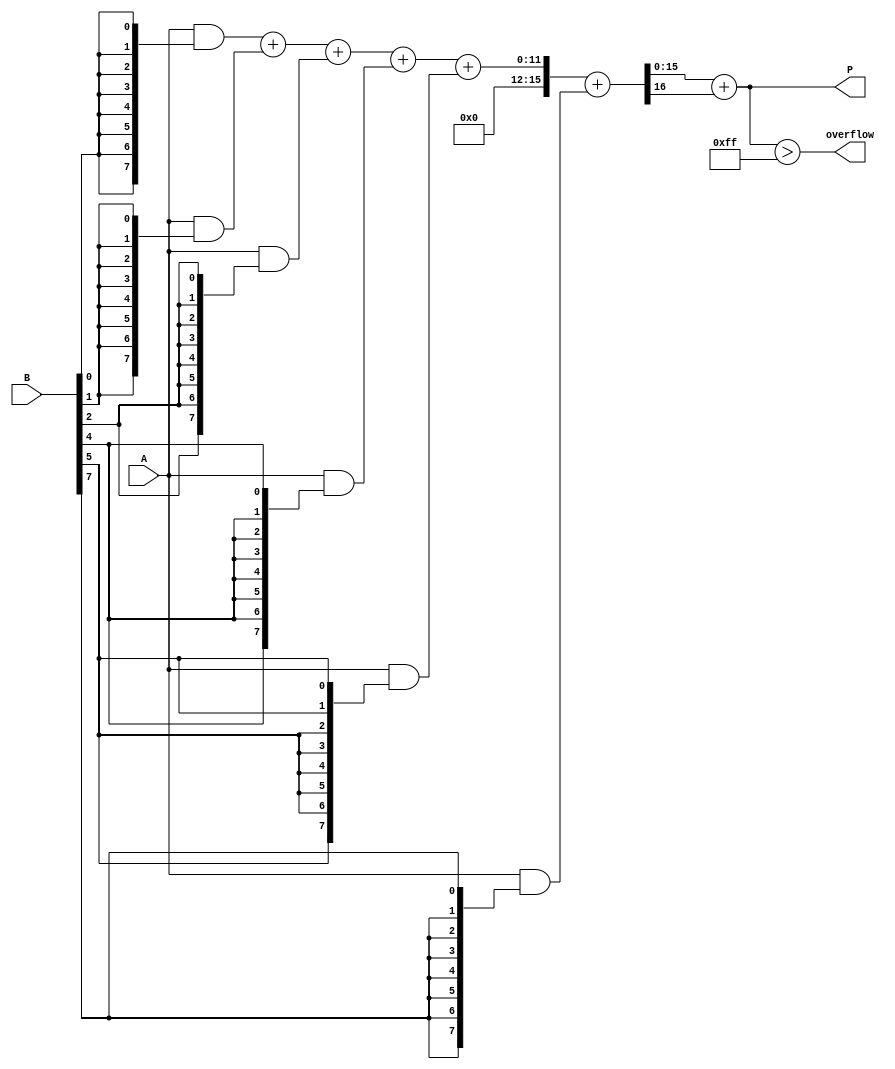
module FixedPointWallaceTreeMultiplier #(
    parameter N = 8 // Total bit width (including integer and fractional bits)
) (
    input [N-1:0] A, // Multiplicand
    input [N-1:0] B, // Multiplier
    output reg [2*N-1:0] P, // Product
    output reg overflow // Overflow flag
);

    // Partial product generation
    wire [N-1:0] pp [0:N-1]; // Partial products
    genvar i;
    generate
        for (i = 0; i < N; i = i + 1) begin
            assign pp[i] = A & {N{B[i]}}; // Generate partial products
        end
    endgenerate

    // Carry-Save Adder (CSA) structure
    wire [2*N-1:0] sum [0:N/3-1];
    wire [2*N-1:0] carry [0:N/3-1];

    // Wallace Tree Reduction
    generate
        for (i = 0; i < N/3; i = i + 1) begin : CSA_stage
            if (i == 0) begin
                // First stage: Group of 3
                assign {carry[i], sum[i]} = pp[3*i] + pp[3*i+1] + pp[3*i+2];
            end else if (3*i + 2 < N) begin
                // Subsequent stages
                assign {carry[i], sum[i]} = sum[i-1] + pp[3*i+1] + pp[3*i+2];
            end
        end
    endgenerate

    // Final addition
    wire [2*N-1:0] final_sum;
    wire [2*N-1:0] final_carry;

    assign {final_carry, final_sum} = sum[N/3-1] + (N % 3 != 0 ? pp[N-1] : 0);

    // Final product assignment
    always @(*) begin
        P = final_sum + final_carry; // Final product
        overflow = (P > {1'b0, {N{1'b1}}}); // Overflow detection
    end

endmodule